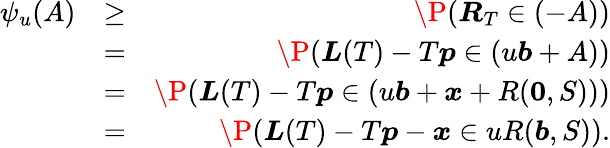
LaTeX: \begin{array}{rlr}{\psi_{u}(A)}&{\geq}&{\P(\boldsymbol R_{T}\in(-A))}\\ &{=}&{\P(\boldsymbol L(T)-T\boldsymbol p\in(u\boldsymbol b+A))}\\ &{=}&{\P(\boldsymbol L(T)-T\boldsymbol p\in(u\boldsymbol b+\boldsymbol x+R(\boldsymbol 0,S)))}\\ &{=}&{\P(\boldsymbol L(T)-T\boldsymbol p-\boldsymbol x\in uR(\boldsymbol b,S)).}\end{array}